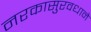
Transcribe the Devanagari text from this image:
नरकासुरवधाने